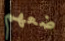
ضعهم